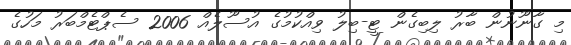
މި ގާނޫނުން ބާރު ލިބިގެން ޓީ-ބިލު ވިއްކުމުގެ އުސޫލެއް 2006 ސެޕްޓެމްބަރު މަހުގެ